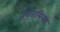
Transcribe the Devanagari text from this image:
नवनायिका